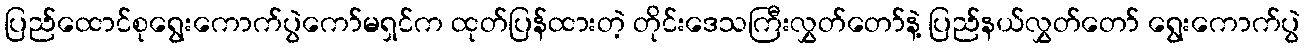
ပြည်ထောင်စုရွေးကောက်ပွဲကော်မရှင်က ထုတ်ပြန်ထားတဲ့ တိုင်းဒေသကြီးလွှတ်တော်နဲ့ ပြည်နယ်လွှတ်တော် ရွေးကောက်ပွဲ